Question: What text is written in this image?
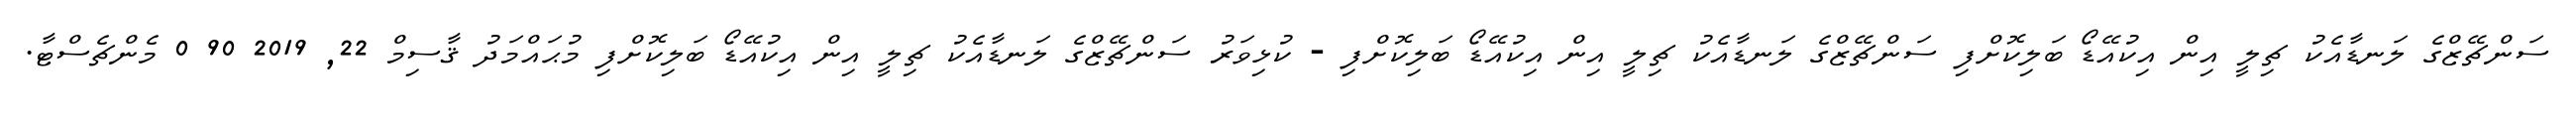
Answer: ސަންޗޭޒްގެ ލަނޑާއެކު ޗިލީ އިން އިކުއޭޑޯ ބަލިކޮށްފި ސަންޗޭޒްގެ ލަނޑާއެކު ޗިލީ އިން އިކުއޭޑޯ ބަލިކޮށްފި - ކުޅިވަރު ސަންޗޭޒްގެ ލަނޑާއެކު ޗިލީ އިން އިކުއޭޑޯ ބަލިކޮށްފި މުޙައްމަދު ޤާސިމް 22, 2019 90 0 މެންޗެސްޓާ.